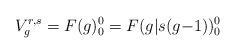
LaTeX: \begin{align*}V_g^{r,s} = F(g)_0^0 = F(g|s(g{-}1))_0^0\end{align*}